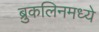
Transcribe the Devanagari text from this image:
ब्रुकलिनमध्ये